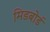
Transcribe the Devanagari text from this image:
मिडबोर्ड